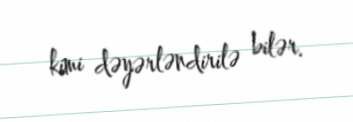
kimi dəyərləndirilə bilər.